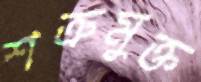
শত্রুমুক্ত